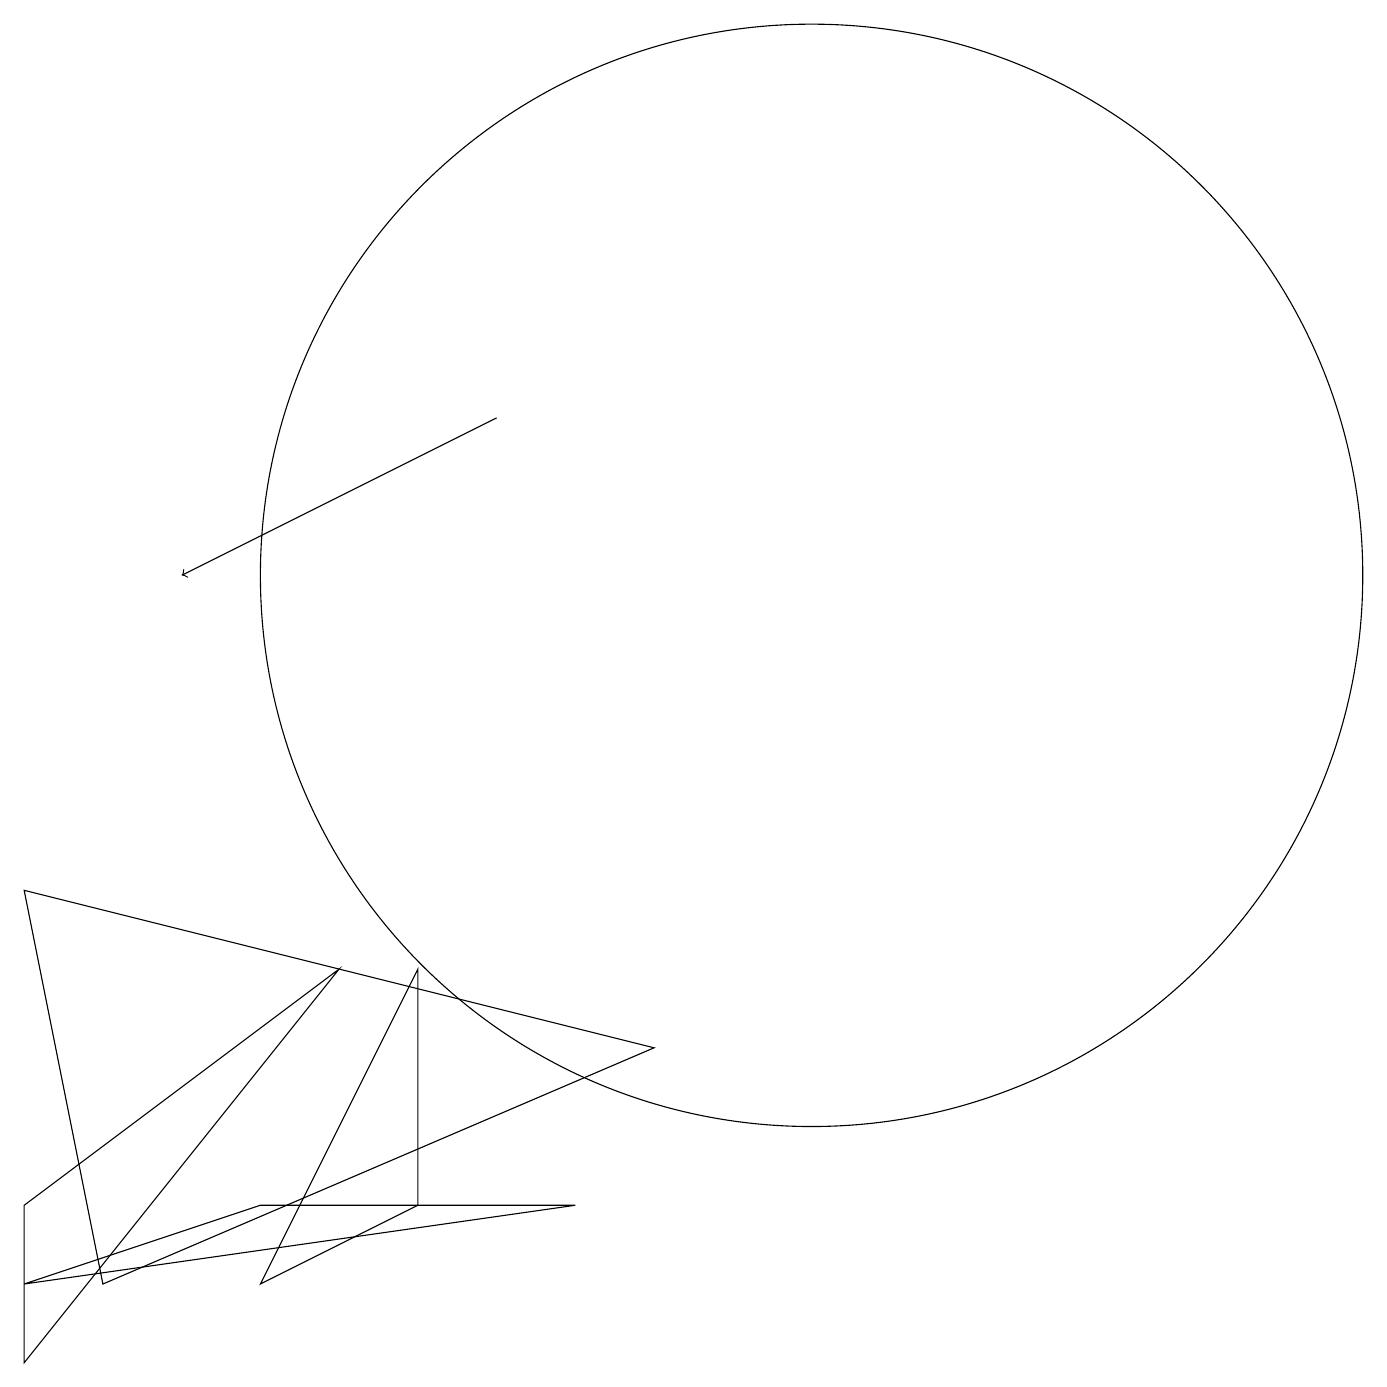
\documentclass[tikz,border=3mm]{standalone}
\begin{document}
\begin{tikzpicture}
\draw (0,7) -- (8,5) -- (1,2) -- cycle;
\draw (3,2) -- (5,3) -- (5,6) -- cycle;
\draw (10,11) circle (7);
\draw (4,6) -- (0,3) -- (0,1) -- cycle;
\draw (0,2) -- (3,3) -- (7,3) -- cycle;
\draw[->] (6,13) -- (2,11);
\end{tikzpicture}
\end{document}